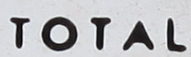
TOTAL